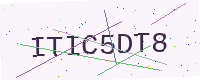
Text: ITIC5DT8